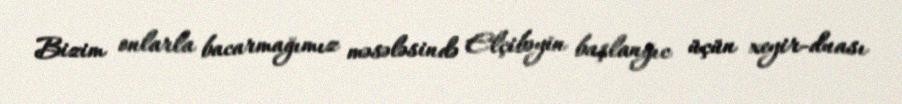
Bizim onlarla bacarmağımız məsələsində Elçibəyin başlanğıc üçün xeyir-duası